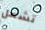
تشعل